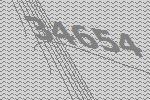
34654